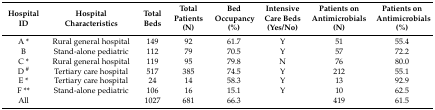
<table><thead><tr><td><b>Hospital ID</b></td><td><b>Hospital Characteristics</b></td><td><b>Total Beds</b></td><td><b>Total Patients (N)</b></td><td><b>Bed Occupancy (%)</b></td><td><b>Intensive Care Beds (Yes/No)</b></td><td><b>Patients on Antimicrobials (N)</b></td><td><b>Patients on Antimicrobials (%)</b></td></tr></thead><tbody><tr><td>A *</td><td>Rural general hospital</td><td>149</td><td>92</td><td>61.7</td><td>Y</td><td>51</td><td>55.4</td></tr><tr><td>B</td><td>Stand-alone pediatric</td><td>112</td><td>79</td><td>70.5</td><td>Y</td><td>57</td><td>72.2</td></tr><tr><td>C *</td><td>Rural general hospital</td><td>119</td><td>95</td><td>79.8</td><td>N</td><td>76</td><td>80.0</td></tr><tr><td>D <sup>#</sup></td><td>Tertiary care hospital</td><td>517</td><td>385</td><td>74.5</td><td>Y</td><td>212</td><td>55.1</td></tr><tr><td>E *</td><td>Tertiary care hospital</td><td>24</td><td>14</td><td>58.3</td><td>Y</td><td>13</td><td>92.9</td></tr><tr><td>F **</td><td>Stand-alone pediatric</td><td>106</td><td>16</td><td>15.1</td><td>Y</td><td>10</td><td>62.5</td></tr><tr><td>All</td><td></td><td>1027</td><td>681</td><td>66.3</td><td></td><td>419</td><td>61.5</td></tr></tbody></table>